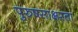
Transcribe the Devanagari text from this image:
पुरुषसाक्षरता